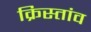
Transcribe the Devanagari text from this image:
क्रिस्तांव